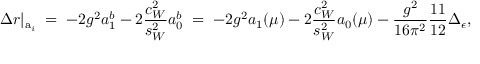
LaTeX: \Delta r | _ { \mathrm { a } _ { i } } \; = \; - 2 g ^ { 2 } a _ { 1 } ^ { b } - 2 \frac { c _ { W } ^ { 2 } } { s _ { W } ^ { 2 } } a _ { 0 } ^ { b } \; = \; - 2 g ^ { 2 } a _ { 1 } ( \mu ) - 2 \frac { c _ { W } ^ { 2 } } { s _ { W } ^ { 2 } } a _ { 0 } ( \mu ) - \frac { g ^ { 2 } } { 1 6 \pi ^ { 2 } } \frac { 1 1 } { 1 2 } \Delta _ { \epsilon } ,